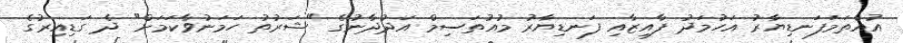
އުއްތަމަފަނޑިޔާރު އަހުމަދު ފާއިޒާއި ފަނޑިޔާރު މުއުތަސިމް އަދުދާނުގެ "ޝަރުތު ހަމަނުވާކަމަށް" ދެ ގަޑިއިރުގެ